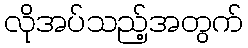
လိုအပ်သည့်အတွက်